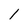
Character: l